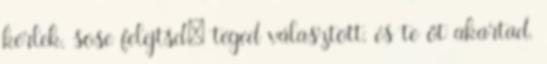
kérlek, sose felejtsd: téged választott, és te őt akartad.